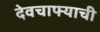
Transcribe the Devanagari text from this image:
देवचाफ्याची